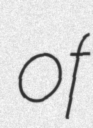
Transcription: of